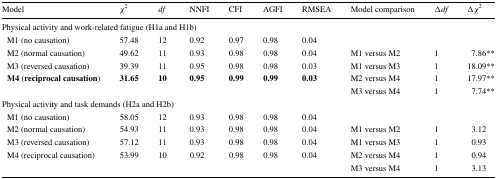
<table><thead><tr><td><b>Model</b></td><td><b><i>χ</i><sup>2</sup></b></td><td><b><i>df</i></b></td><td><b>NNFI</b></td><td><b>CFI</b></td><td><b>AGFI</b></td><td><b>RMSEA</b></td><td><b>Model comparison</b></td><td><b>Δ<i>df</i></b></td><td><b>Δ<i>χ</i><sup>2</sup></b></td></tr></thead><tbody><tr><td colspan="10">Physical activity and work-related fatigue (H1a and H1b)</td></tr><tr><td> M1 (no causation)</td><td>57.48</td><td>12</td><td>0.92</td><td>0.97</td><td>0.98</td><td>0.04</td><td></td><td></td><td></td></tr><tr><td> M2 (normal causation)</td><td>49.62</td><td>11</td><td>0.93</td><td>0.98</td><td>0.98</td><td>0.04</td><td>M1 versus M2</td><td>1</td><td>7.86**</td></tr><tr><td> M3 (reversed causation)</td><td>39.39</td><td>11</td><td>0.95</td><td>0.98</td><td>0.98</td><td>0.03</td><td>M1 versus M3</td><td>1</td><td>18.09**</td></tr><tr><td rowspan="2"> <b>M4</b> (<b>reciprocal</b><b>causation</b>)</td><td rowspan="2"><b>31.65</b></td><td rowspan="2"><b>10</b></td><td rowspan="2"><b>0.95</b></td><td rowspan="2"><b>0.99</b></td><td rowspan="2"><b>0.99</b></td><td rowspan="2"><b>0.03</b></td><td>M2 versus M4</td><td>1</td><td>17.97**</td></tr><tr><td>M3 versus M4</td><td>1</td><td>7.74**</td></tr><tr><td colspan="10">Physical activity and task demands (H2a and H2b)</td></tr><tr><td> M1 (no causation)</td><td>58.05</td><td>12</td><td>0.93</td><td>0.98</td><td>0.98</td><td>0.04</td><td></td><td></td><td></td></tr><tr><td> M2 (normal causation)</td><td>54.93</td><td>11</td><td>0.93</td><td>0.98</td><td>0.98</td><td>0.04</td><td>M1 versus M2</td><td>1</td><td>3.12</td></tr><tr><td> M3 (reversed causation)</td><td>57.12</td><td>11</td><td>0.93</td><td>0.98</td><td>0.98</td><td>0.04</td><td>M1 versus M3</td><td>1</td><td>0.93</td></tr><tr><td rowspan="2"> M4 (reciprocal causation)</td><td>53.99</td><td>10</td><td>0.92</td><td>0.98</td><td>0.98</td><td>0.04</td><td>M2 versus M4</td><td>1</td><td>0.94</td></tr><tr><td></td><td></td><td></td><td></td><td></td><td></td><td>M3 versus M4</td><td>1</td><td>3.13</td></tr></tbody></table>